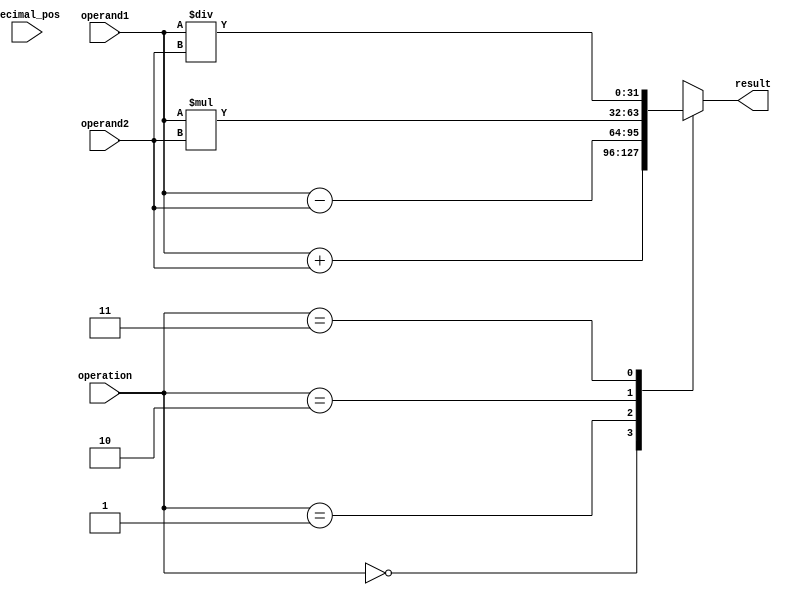
module fixed_point_unit (
    input wire [31:0] operand1, // input operand 1
    input wire [31:0] operand2, // input operand 2
    input wire [1:0] decimal_pos, // decimal position of the fixed-point numbers
    input wire [1:0] operation, // 00: addition, 01: subtraction, 10: multiplication, 11: division
    output reg [31:0] result // output result
);

// Blocks for addition, subtraction, multiplication and division operations

always @(*)
begin
    case(operation)
        2'b00: result <= operand1 + operand2; // addition
        2'b01: result <= operand1 - operand2; // subtraction
        2'b10: result <= operand1 * operand2; // multiplication
        2'b11: result <= operand1 / operand2; // division
    endcase
end

// Blocks for rounding and normalization of the floating-point representation

// Error checking functionality

endmodule